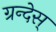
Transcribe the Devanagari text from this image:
ग्रन्देस्